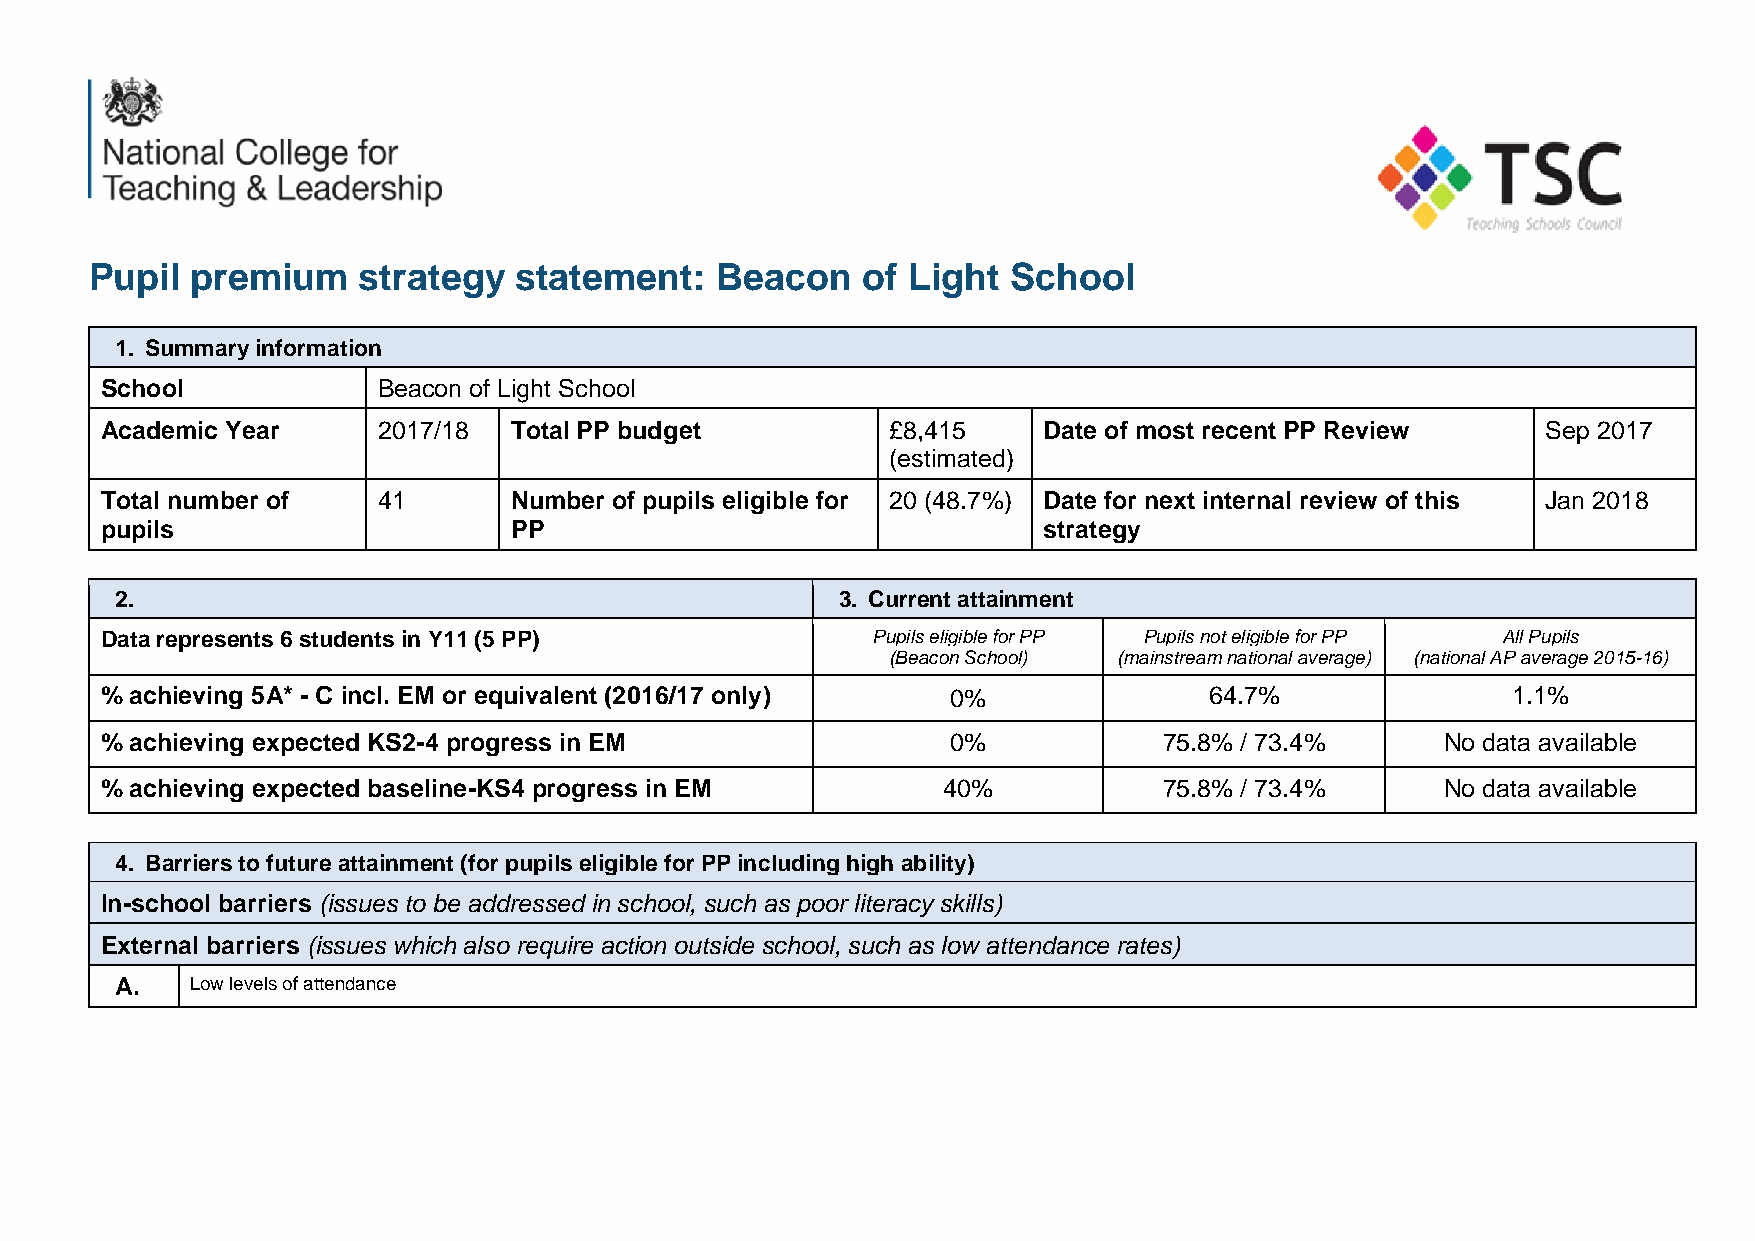
Pupil  premium    strategy  statement:   Beacon    of Light  School
 1. Summary information
 School            Beacon of Light School
 Academic Year     2017/18  Total PP budget          £8,415    Date of most recent PP Review    Sep 2017
 (estimated)
 Total number of   41       Number of pupils eligible for 20 (48.7%) Date for next internal review of this Jan 2018
 pupils                     PP                                 strategy
 2.                                              3. Current attainment
 Data represents 6 students in Y11 (5 PP)           Pupils eligible for PP Pupils not eligible for PP All Pupils
 (Beacon School) (mainstream national average) (national AP average 2015-16)
 % achieving 5A* - C incl. EM or equivalent (2016/17 only) 0%             64.7%               1.1%
 % achieving expected KS2-4 progress in EM               0%            75.8% / 73.4%      No data available
 % achieving expected baseline-KS4 progress in EM       40%            75.8% / 73.4%      No data available
 4. Barriers to future attainment (for pupils eligible for PP including high ability)
 In-school barriers (issues to be addressed in school, such as poor literacy skills)
 External barriers (issues which also require action outside school, such as low attendance rates)
 A.   Low levels of attendance